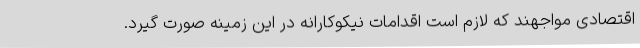
اقتصادی مواجهند که لازم است اقدامات نیکوکارانه در این زمینه صورت گیرد.